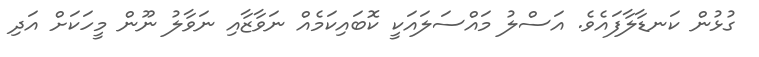
ގުޅުން ކަނޑާލާފައެވެ. އަސްލު މައްސަލައަކީ ކޮބައިކަމެއް ނަވާޒާއި ނަވާލު ނޫން މީހަކަށް އަދި